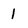
Character: l